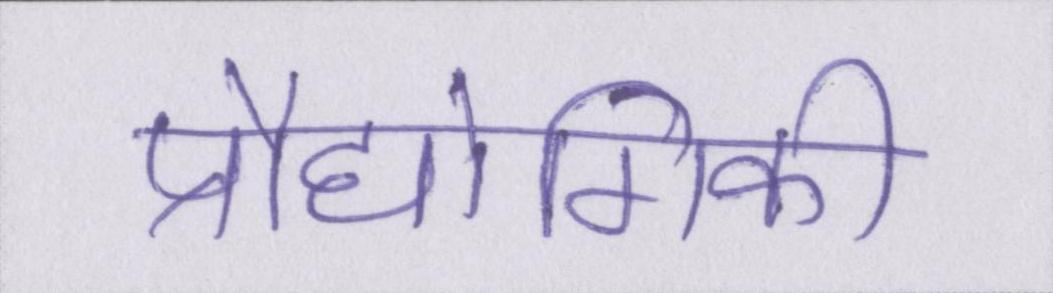
प्रौद्योगिकी